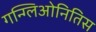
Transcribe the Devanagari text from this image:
गन्ग्लिओनितिस